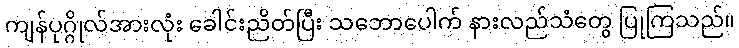
ကျန်ပုဂ္ဂိုလ်အားလုံး ခေါင်းညိတ်ပြီး သဘောပေါက် နားလည်သံတွေ ပြုကြသည်။